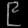
Digit: ၉